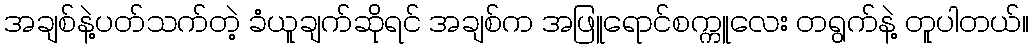
အချစ်နဲ့ပတ်သက်တဲ့ ခံယူချက်ဆိုရင် အချစ်က အဖြူရောင်စက္ကူလေး တရွက်နဲ့ တူပါတယ်။